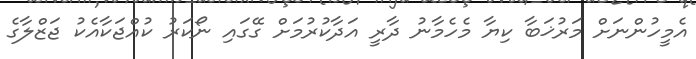
އެމީހުންނަށް މަރުޚަބާ ކިޔާ މެހެމާނު ދާރީ އަދާކުރުމަށް ގޭގައި ނޯކަރު ކުއްޖަކާއެކު ޖަޒްލާގެ